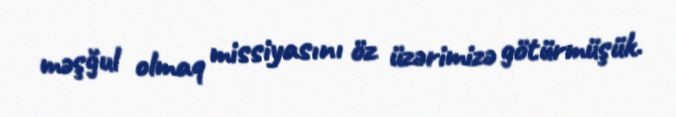
məşğul olmaq missiyasını öz üzərimizə götürmüşük.